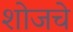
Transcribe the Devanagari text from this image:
शोजचे